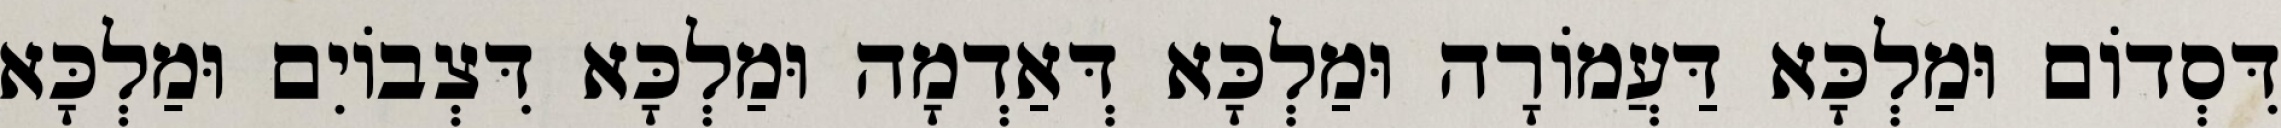
דִּסְדוֹם וּמַלְכָּא דַּעֲמוֹרָה וּמַלְכָּא דְּאַדְמָה וּמַלְכָּא דִּצְבוֹיִם וּמַלְכָּא